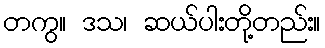
တကွ။ ဒသ၊ ဆယ်ပါးတို့တည်း။